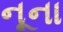
નૂના